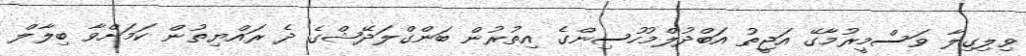
ވިލިގިލާ ވަސްމީރުމާގޭ އަޖީތު އަބްދުލްމުހުސިންގެ އިތުރުން ބަންގްލަދޭޝްގެ ދެ ރައްޔިތުން ކަމަށްވާ ބިލާލް